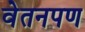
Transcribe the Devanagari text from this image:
वेतनपण